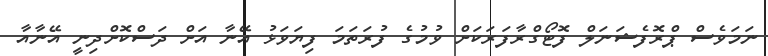
ނަމަވެސް ޕްރޮފެޝަނަލް ފޮޓޯގްރާފަރަކަށް ވުމުގެ ފުރަތަމަ ފިޔަވަޅު އޭނާ އަށް ދަސްކޮށްދިނީ އޭނާއާ